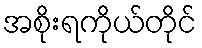
အစိုးရကိုယ်တိုင်